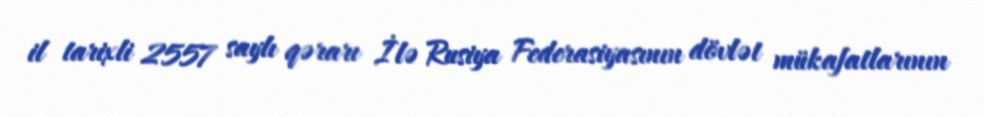
il tarixli 2557 saylı qərarı İlə Rusiya Federasiyasının dövlət mükafatlarının